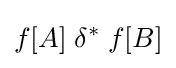
f[A]\;\delta ^{*}\;f[B]